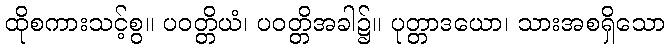
ထိုစကားသင့်စွ။ ပဝတ္တိယံ၊ ပဝတ္တိအခါ၌။ ပုတ္တာဒယော၊ သားအစရှိသော